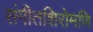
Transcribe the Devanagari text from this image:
संगीतशिरोमणि